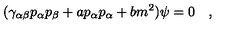
( \gamma _ { \alpha \beta } p _ { \alpha } p _ { \beta } + a p _ { \alpha } p _ { \alpha } + b m ^ { 2 } ) \psi = 0 \quad ,